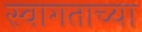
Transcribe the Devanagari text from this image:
स्वागताच्या